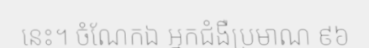
នេះ។ ចំណែកឯ អ្នកជំងឺប្រមាណ ៩៦